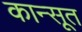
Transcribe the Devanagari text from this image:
कान्सूत